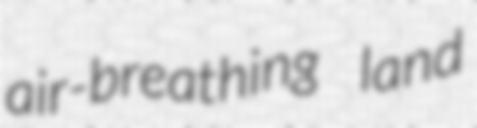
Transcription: air-breathing land